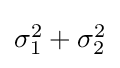
{\textstyle \sigma _{1}^{2}+\sigma _{2}^{2}}